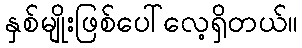
နှစ်မျိုးဖြစ်ပေါ်လေ့ရှိတယ်။